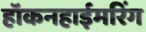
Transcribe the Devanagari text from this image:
हॉकनहाईमरिंग